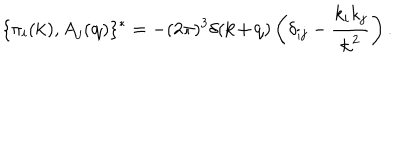
\{ \pi _ { i } ( \textbf { k } ) , A _ { j } ( \textbf { q } ) \} ^ { * } = - ( 2 \pi ) ^ { 3 } \delta ( \textbf { k + q } ) \left( \delta _ { i j } - \frac { k _ { i } k _ { j } } { \textbf { k } ^ { 2 } } \right) .